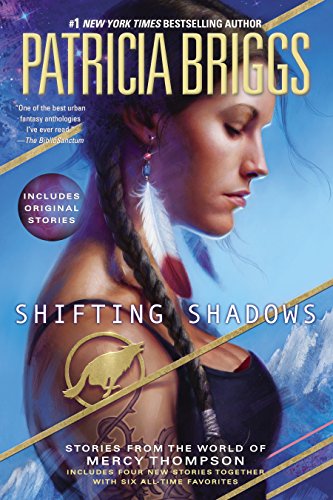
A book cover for Shifting Shadows: Stories from the World of Mercy Thompson; Patricia Briggs; Science Fiction & Fantasy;